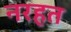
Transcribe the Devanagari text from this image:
नरहत